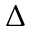
\Delta